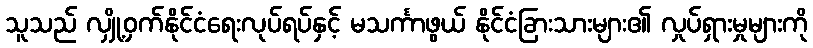
သူသည် လျှို့ဝှက်နိုင်ငံရေးလုပ်ရပ်နှင့် မသင်္ကာဖွယ် နိုင်ငံခြားသားများ၏ လှုပ်ရှားမှုများကို